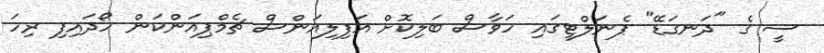
ސީ ގެ "ދަނގަޑޭ" ޕެނަލްޓީގައި ހަވާސް ބަލިކޮށް އަފިލިއަންސް ޗެމްޕިއަންކަން ހޯދައިފި ރިހަ